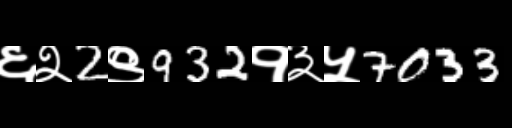
Text: ६२2९932१३५7033